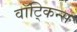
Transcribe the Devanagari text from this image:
वॉट्किन्स